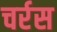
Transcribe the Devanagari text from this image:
चर्रस